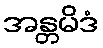
အန္တမိဒံ